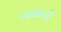
બાથની